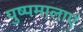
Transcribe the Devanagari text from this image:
पुष्पमालाएं